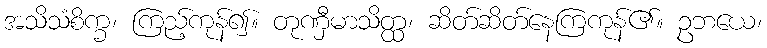
အသိသံစိက္ခ၊ ကြည့်ကုန်၍။ တုဏှီမာသိတ္ထ၊ ဆိတ်ဆိတ်နေကြကုန်၏။ ဥဘယေ၊